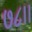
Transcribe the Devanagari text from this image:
७८।।